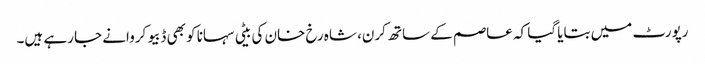
رپورٹ میں بتایا گیا کہ عاصم کے ساتھ کرن، شاہ رخ خان کی بیٹی سہانا کو بھی ڈبیو کروانے جا رہے ہیں۔